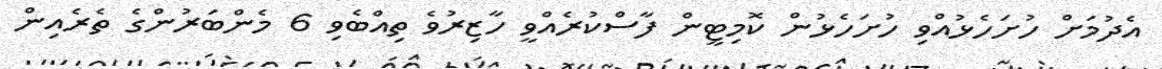
އެދުމަށް ހުށަހެޅުއްވި ހުށަހެޅުން ކޮމިޓީން ފާސްކުރެއްވީ ހާޒިރުވެ ތިއްބެވި 6 މެންބަރުންގެ ތެރެއިން